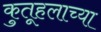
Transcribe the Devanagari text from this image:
कुतूहलाच्या